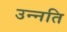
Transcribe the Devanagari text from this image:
उन्‍नति